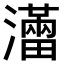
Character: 𤃐